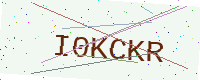
Text: I0KCKR